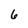
Character: 6